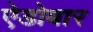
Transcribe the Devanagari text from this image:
ऐडोबार